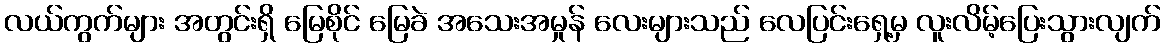
လယ်ကွက်များ အတွင်းရှိ မြေစိုင် မြေခဲ အသေးအမှုန် လေးများသည် လေပြင်းရှေ့မှ လူးလိမ့်ပြေးသွားလျက်